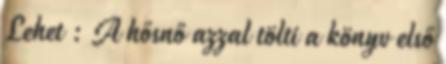
Lehet : A hősnő azzal tölti a könyv első